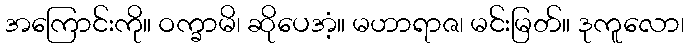
အကြောင်းကို။ ဝက္ခာမိ၊ ဆိုပေအံ့။ မဟာရာဇ၊ မင်းမြတ်။ ဒုကူလော၊